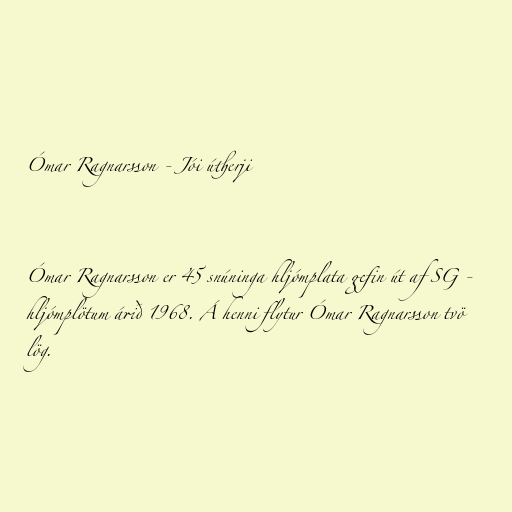
Ómar Ragnarsson - Jói útherji

Ómar Ragnarsson er 45 snúninga hljómplata gefin út af SG -
hljómplötum árið 1968. Á henni flytur Ómar Ragnarsson tvö
lög.